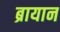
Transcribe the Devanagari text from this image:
ब्रायान